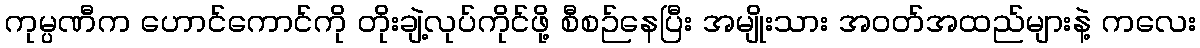
ကုမ္ပဏီက ဟောင်ကောင်ကို တိုးချဲ့လုပ်ကိုင်ဖို့ စီစဉ်နေပြီး အမျိုးသား အဝတ်အထည်များနဲ့ ကလေး